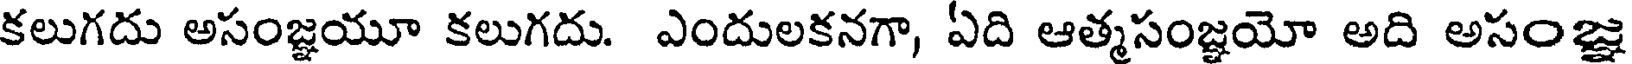
కలుగదు అసంజ్ఞయూ కలుగదు. ఎందులకనగా, ఏది ఆత్మసంజ్ఞయో అది అసంజ్ఞ